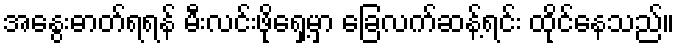
အနွေးဓာတ်ရရန် မီးလင်းဖိုရှေ့မှာ ခြေလက်ဆန့်ရင်း ထိုင်နေသည်။